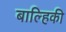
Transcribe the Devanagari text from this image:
बाल्हिकी